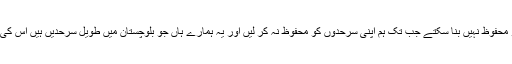
"ہمیں زمینی حقائق کا سامنے رکھنا پڑے گا کہ ہم تب تک پاکستان کو محفوظ نہیں بنا سکتے جب تک ہم اپنی سرحدوں کو محفوظ نہ کر لیں اور یہ ہمارے ہاں جو بلوچستان میں طویل سرحدیں ہیں اس کی سکیورٹی کے لیے فرنٹیئر کور کی جو کاوشیں ہیں وہ قابل تحسین ہیں۔